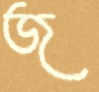
জ